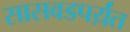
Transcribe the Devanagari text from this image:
सासवडपर्य़ंत